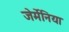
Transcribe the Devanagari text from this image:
जेर्मेनिया